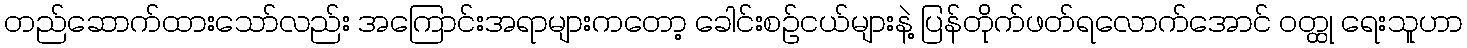
တည်ဆောက်ထားသော်လည်း အကြောင်းအရာများကတော့ ခေါင်းစဉ်ငယ်များနဲ့ ပြန်တိုက်ဖတ်ရလောက်အောင် ဝတ္ထု ရေးသူဟာ